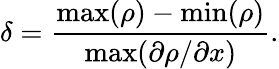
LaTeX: \delta=\frac{\operatorname*{max}(\rho)-\operatorname*{min}(\rho)}{\operatorname*{max}(\partial\rho/\partial x)}.